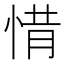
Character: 𢛻